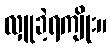
လှူခဲ့ရကျိုး။